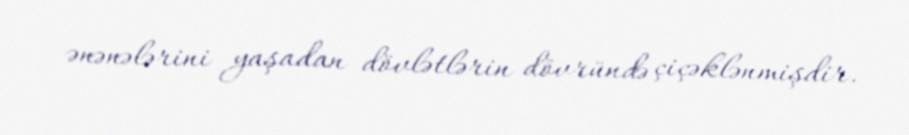
ənənələrini yaşadan dövlətlərin dövründə çiçəklənmişdir.